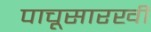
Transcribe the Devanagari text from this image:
पाचूसारखी